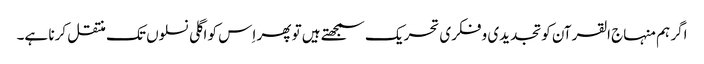
اگر ہم منہاج القرآن کو تجدیدی و فکری تحریک سمجھتے ہیں تو پھر اِس کو اگلی نسلوں تک منتقل کرنا ہے۔